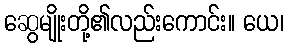
ဆွေမျိုးတို့၏လည်းကောင်း။ ယေ၊